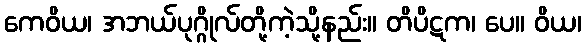
ကေဝိယ၊ အဘယ်ပုဂ္ဂိုလ်တို့ကဲ့သို့နည်း။ တိပိဋက၊ ပေ။ ဝိယ၊